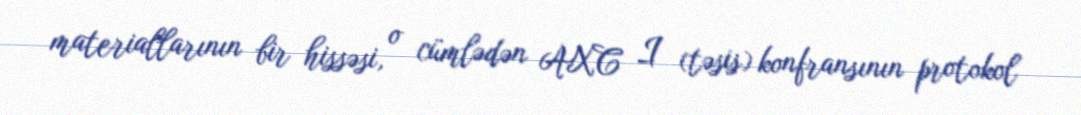
materiallarının bir hissəsi, o cümlədən AXC I (təsis) konfransının protokol